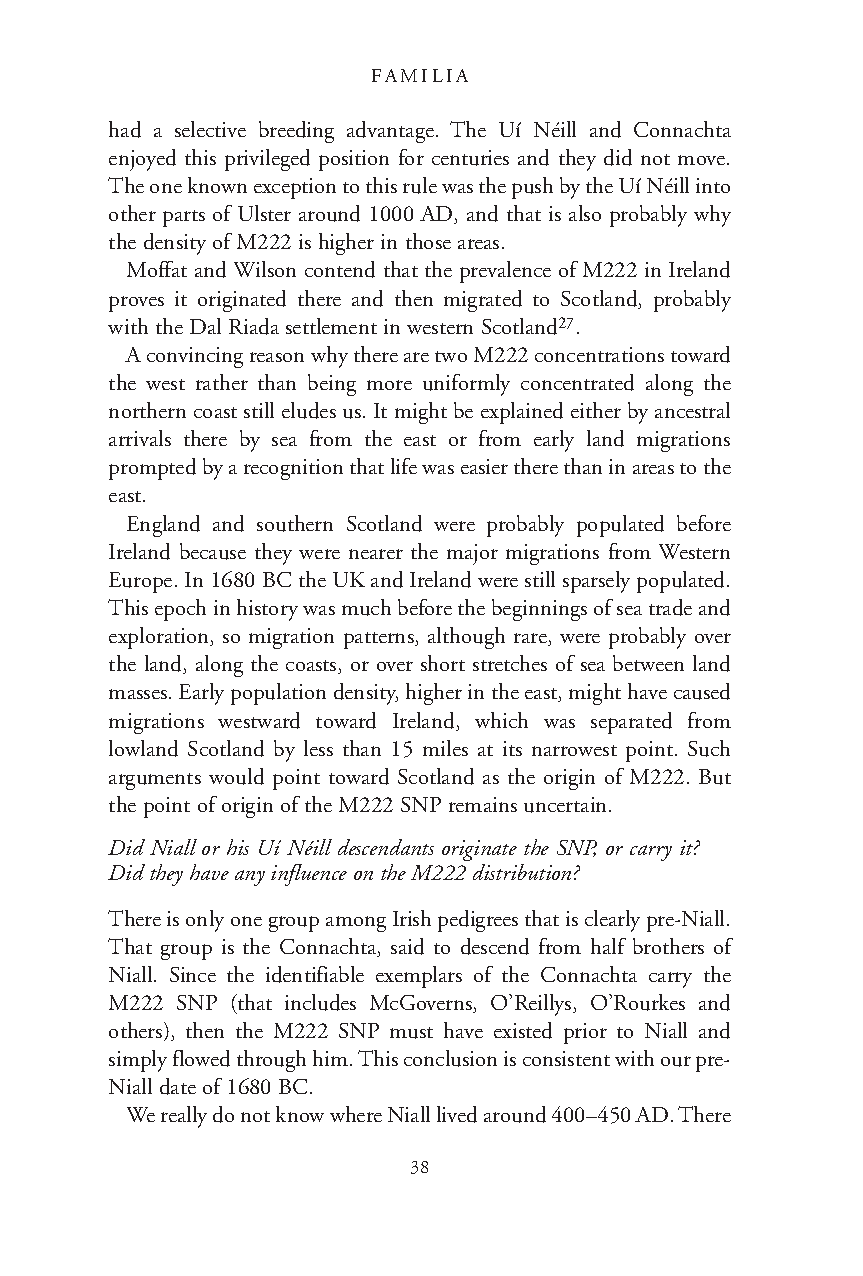
FAMILIA
 had a selective breeding advantage. The Uí Néill and Connachta
 enjoyed this privileged position for centuries and they did not move.
 The one known exception to this rule was the push by the Uí Néill into
 other parts of Ulster around 1000 AD, and that is also probably why
 the density of M222 is higher in those areas.
 Moffat and Wilson contend that the prevalence of M222 in Ireland
 proves it originated there and then migrated to Scotland, probably
 with the Dal Riada settlement in western Scotland27.
 A convincing reason why there are two M222 concentrations toward
 the west rather than being more uniformly concentrated along the
 northern coast still eludes us. It might be explained either by ancestral
 arrivals there by sea from the east or from early land migrations
 prompted by a recognition that life was easier there than in areas to the
 east.
 England and southern Scotland were probably populated before
 Ireland because they were nearer the major migrations from Western
 Europe. In 1680 BC the UK and Ireland were still sparsely populated.
 This epoch in history was much before the beginnings of sea trade and
 exploration, so migration patterns, although rare, were probably over
 the land, along the coasts, or over short stretches of sea between land
 masses. Early population density, higher in the east, might have caused
 migrations westward toward Ireland, which was separated from
 lowland Scotland by less than 15 miles at its narrowest point. Such
 arguments would point toward Scotland as the origin of M222. But
 the point of origin of the M222 SNP remains uncertain.
 Did Niall or his Uí Néill descendants originate the SNP, or carry it?
 Did they have any influence on the M222 distribution?
 There is only one group among Irish pedigrees that is clearly pre-Niall.
 That group is the Connachta, said to descend from half brothers of
 Niall. Since the identifiable exemplars of the Connachta carry the
 M222 SNP (that includes McGoverns, O’Reillys, O’Rourkes and
 others), then the M222 SNP must have existed prior to Niall and
 simply flowed through him. This conclusion is consistent with our pre-
 Niall date of 1680 BC.
 We really do not know where Niall lived around 400–450 AD. There
 38